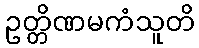
ဥတ္တိဏမကံသူတိ